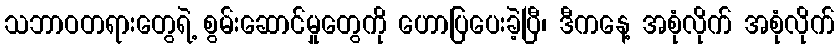
သဘာဝတရားတွေရဲ့ စွမ်းဆောင်မှုတွေကို ဟောပြပေးခဲ့ပြီ၊ ဒီကနေ့ အစုံလိုက် အစုံလိုက်